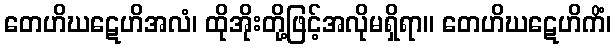
တေဟိဃဋေဟိအလံ၊ ထိုအိုးတို့ဖြင့်အလိုမရှိရာ။ တေဟိဃဋေဟိကိံ၊